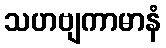
သဟဗျကာမာနံ